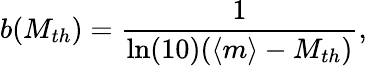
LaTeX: b(M_{th})=\frac{1}{\ln(10)(\langle m\rangle-M_{th})},